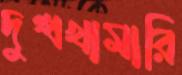
দুগ্ধখামারি